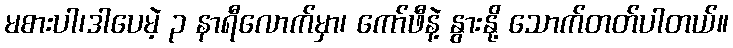
မစားပါ၊ဒါပေမဲ့ ၃ နာရီလောက်မှာ၊ ကော်ဖီနဲ့ နွားနို့ သောက်တတ်ပါတယ်။